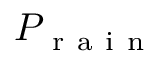
P _ { \mathrm { ~ r ~ a ~ i ~ n ~ } }